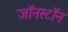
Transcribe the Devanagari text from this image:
जॉनस्टॉन